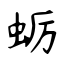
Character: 蛎